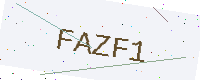
Text: FAZF1